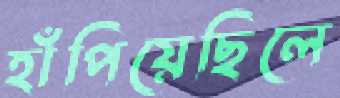
হাঁপিয়েছিলে